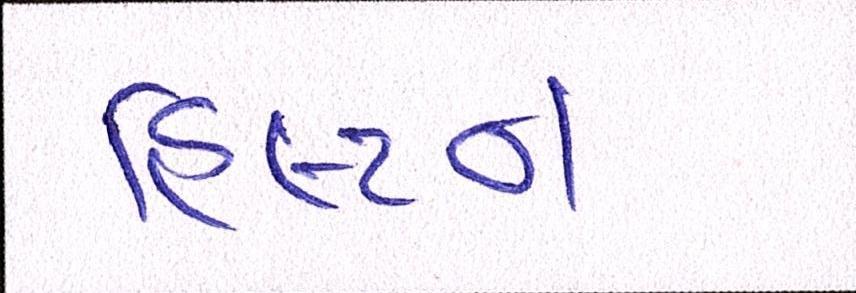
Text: હિલ્ટન